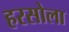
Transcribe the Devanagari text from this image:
हरसोला